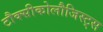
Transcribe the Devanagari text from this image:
टौक्सीकोलौजिस्ट्स